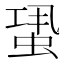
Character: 𧋳